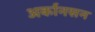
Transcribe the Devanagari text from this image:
अर्कानसन